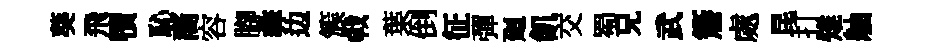
葵飛犢恥裔容腳彜边簇㦸葉倒征彈廻飢交蜀兄武簷處昆打雉舳